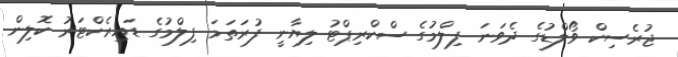
ޖުރެސިކް ވޯލްޑުގެ ދެވަނަ ފިލްމުގެ ސްކްރިޕްޓު ލިޔާނީ ފުރަތަމަ ފިލްމުގެ ޑައިރެކްޓަރު ކޮލިން